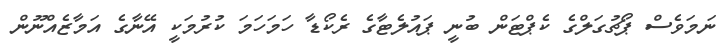
ނަމަވެސް ޕޯޗުގަލްގެ ކެޕްޓަން ބުނީ ޕައުލެޓާގެ ރެކޯޑާ ހަމަހަމަ ކުރުމަކީ އޭނާގެ އަމާޒެއްނޫން